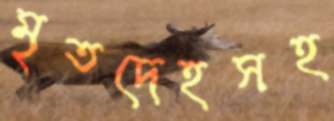
মৃতদেহসহ